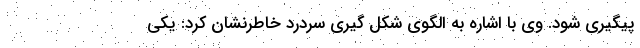
پیگیری شود. وی با اشاره به الگوی شکل گیری سردرد خاطرنشان کرد: یکی